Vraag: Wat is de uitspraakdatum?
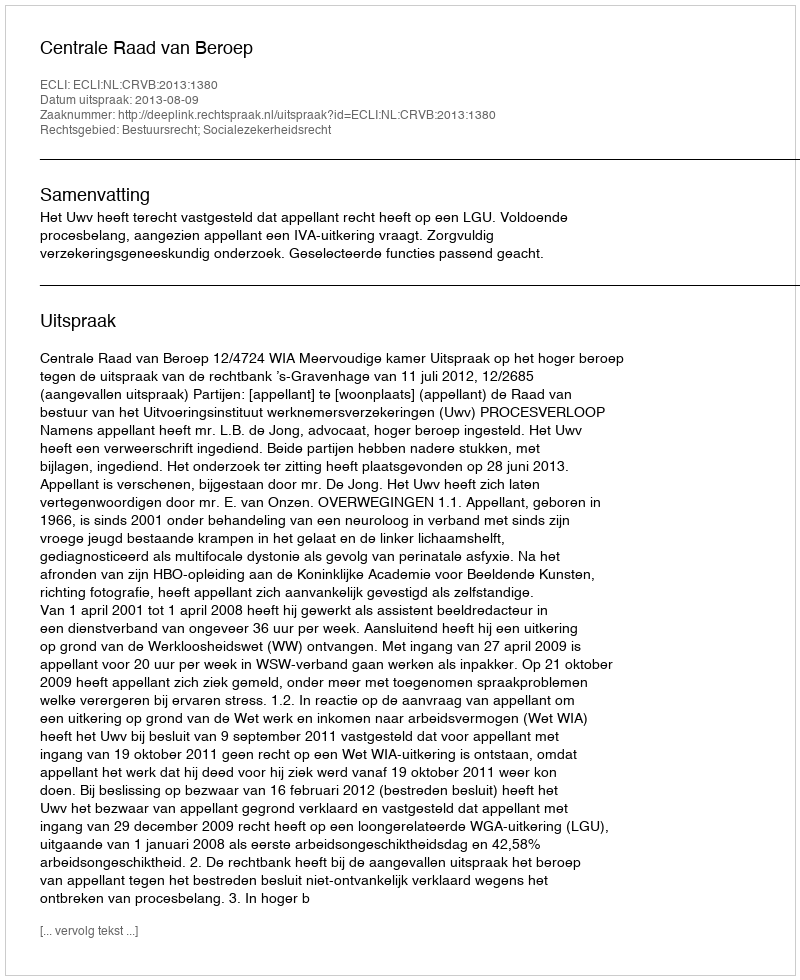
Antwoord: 2013-08-09